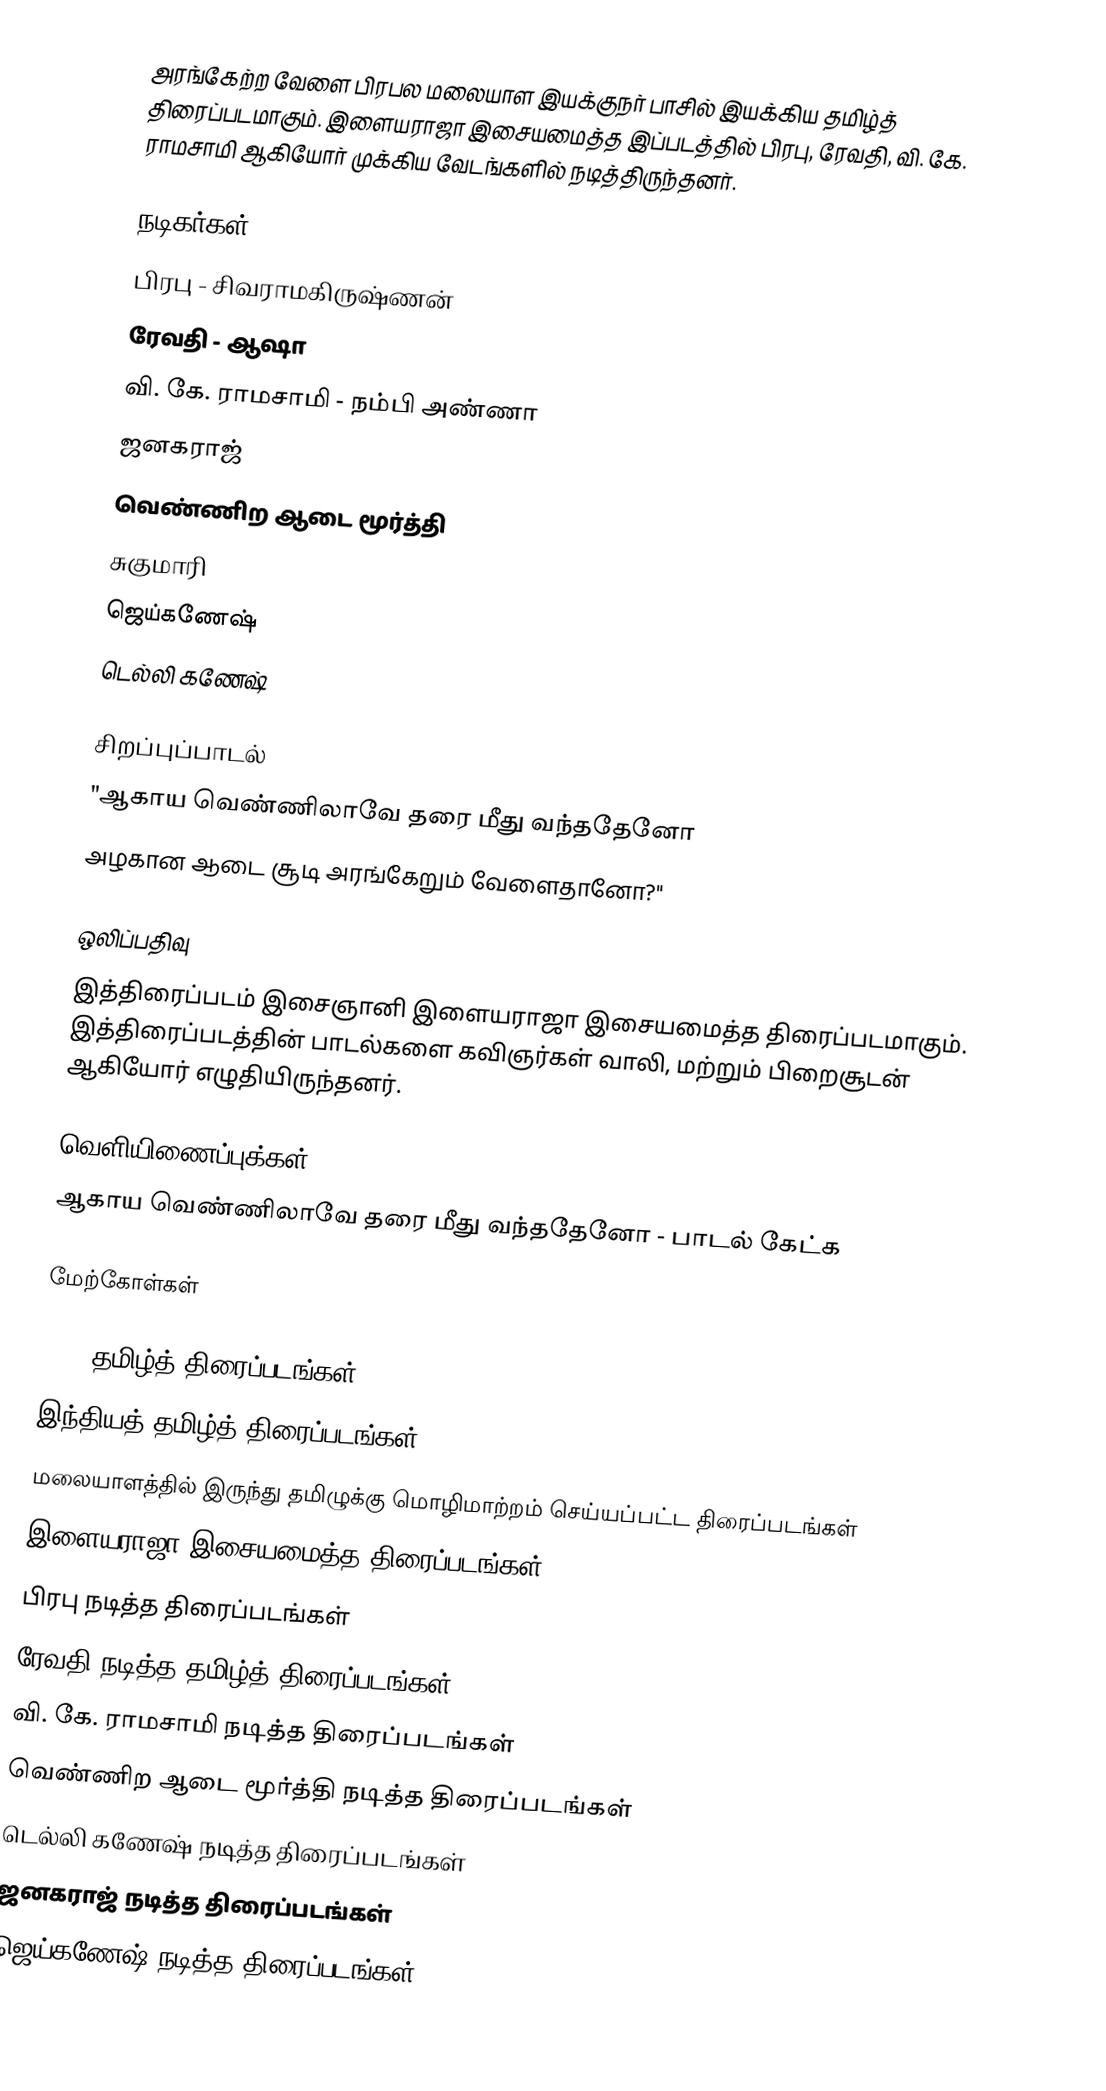
அரங்கேற்ற வேளை பிரபல மலையாள இயக்குநர் பாசில் இயக்கிய தமிழ்த் திரைப்படமாகும். இளையராஜா இசையமைத்த இப்படத்தில் பிரபு, ரேவதி, வி. கே. ராமசாமி ஆகியோர் முக்கிய வேடங்களில் நடித்திருந்தனர்.

நடிகர்கள்
 பிரபு - சிவராமகிருஷ்ணன்
 ரேவதி - ஆஷா
 வி. கே. ராமசாமி - நம்பி அண்ணா
 ஜனகராஜ்
 வெண்ணிற ஆடை மூர்த்தி
 சுகுமாரி
 ஜெய்கணேஷ்
டெல்லி கணேஷ்

சிறப்புப்பாடல்
"ஆகாய வெண்ணிலாவே தரை மீது வந்ததேனோ
அழகான ஆடை சூடி அரங்கேறும் வேளைதானோ?"

ஒலிப்பதிவு
இத்திரைப்படம் இசைஞானி இளையராஜா இசையமைத்த திரைப்படமாகும். இத்திரைப்படத்தின் பாடல்களை கவிஞர்கள் வாலி, மற்றும் பிறைசூடன் ஆகியோர் எழுதியிருந்தனர்.

வெளியிணைப்புக்கள்
ஆகாய வெண்ணிலாவே தரை மீது வந்ததேனோ - பாடல் கேட்க

மேற்கோள்கள்

1990 தமிழ்த் திரைப்படங்கள்
இந்தியத் தமிழ்த் திரைப்படங்கள்
மலையாளத்தில் இருந்து தமிழுக்கு மொழிமாற்றம் செய்யப்பட்ட திரைப்படங்கள்
இளையராஜா இசையமைத்த திரைப்படங்கள்
பிரபு நடித்த திரைப்படங்கள்
ரேவதி நடித்த தமிழ்த் திரைப்படங்கள்
வி. கே. ராமசாமி நடித்த திரைப்படங்கள்
வெண்ணிற ஆடை மூர்த்தி நடித்த திரைப்படங்கள்
டெல்லி கணேஷ் நடித்த திரைப்படங்கள்
ஜனகராஜ் நடித்த திரைப்படங்கள்
ஜெய்கணேஷ் நடித்த திரைப்படங்கள்